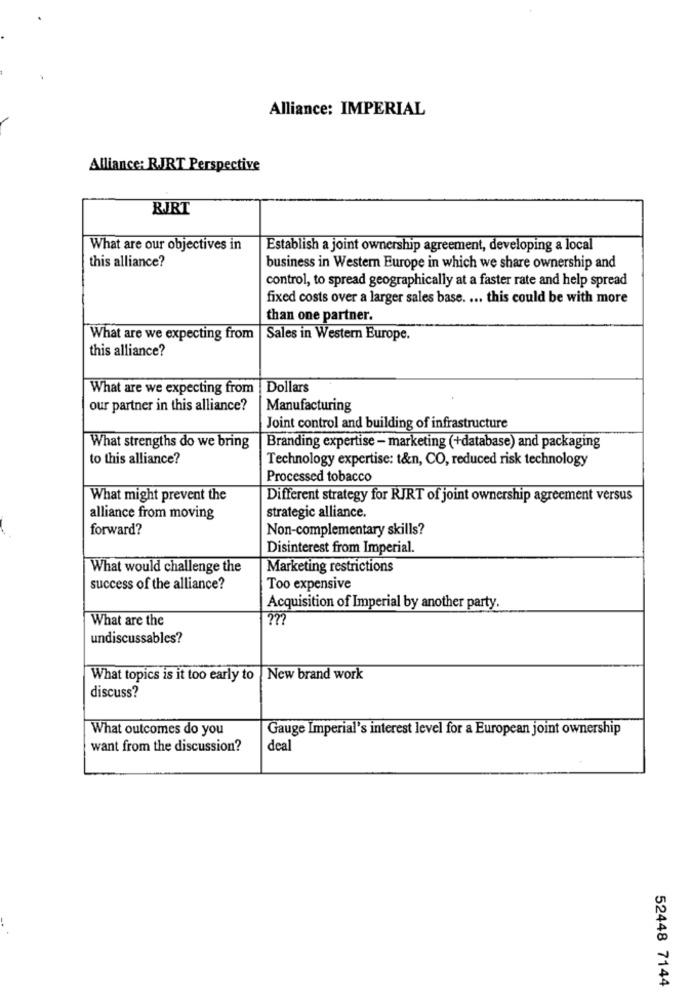
Alliance: IMPERIAL
Alliance: RJRT Perspective
RJRT
What are our objectives in
Establish a joint ownership agreement, developing a local
this alliance?
business in Western Europe in which we share ownership and
control, to spread geographically at a faster rate and help spread
fixed costs over a larger sales base. ... this could be with more
than one partner.
What are we expecting from
Sales in Western Europe.
this alliance?
What are we expecting from
Dollars
our partner in this alliance?
Manufacturing
Joint control and building of infrastructure
What strengths do we bring
Branding expertise - marketing (+database) and packaging
to this alliance?
Technology expertise: t&n, CO, reduced risk technology
Processed tobacco
What might prevent the
Different strategy for RJRT of joint ownership agreement versus
alliance from moving
strategic alliance.
forward?
Non-complementary skills?
Disinterest from Imperial.
What would challenge the
Marketing restrictions
success of the alliance?
Too expensive
Acquisition of Imperial by another party.
What are the
undiscussables?
What topics is it too early to | New brand work
discuss?
What outcomes do you
Gauge Imperial's interest level for a European joint ownership
want from the discussion?
deal
52448 7144